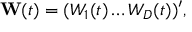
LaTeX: \mathbf { W } ( t ) = ( W _ { 1 } ( t ) \ldots W _ { D } ( t ) ) ^ { \prime } ,